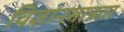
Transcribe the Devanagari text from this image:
विज्ञानमात्रता